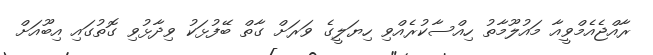
ރާއްޖެއެމްވީއާ މައުލޫމާތު ހިއްސާކުރެއްވި ހިޔަލީގެ ވަރަށް ގާތް ބޭފުޅަކު ވިދާޅުވި ގޮތުގައި އިބޫއަށް